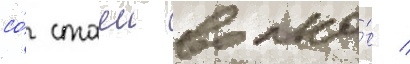
со́ стаеи волко́в /